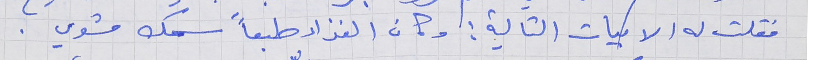
فقلت له الابيات التالية : وكان الغذاء طبعاً سمك مشوي .